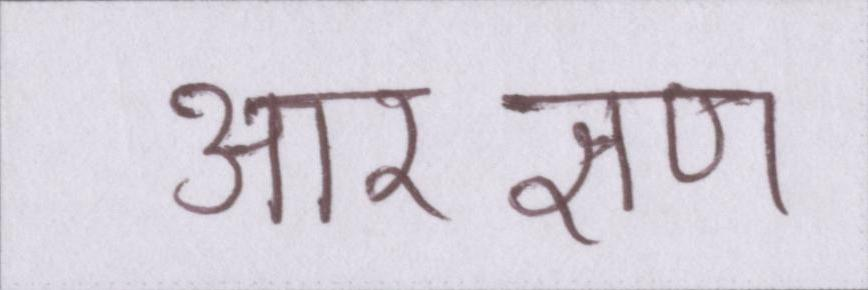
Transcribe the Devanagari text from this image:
आरक्षण